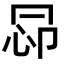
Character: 𢘖